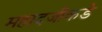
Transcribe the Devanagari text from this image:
महादजीकडे